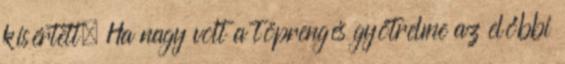
kísértett. Ha nagy volt a töprengés gyötrelme az előbbi